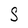
Character: S